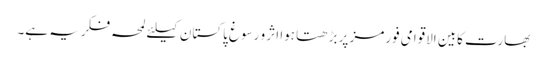
بھارت کابین الاقوامی فورمز پر بڑھتا ہوا اثر و رسوغ پاکستان کیلئے لمحہ فکریہ ہے۔